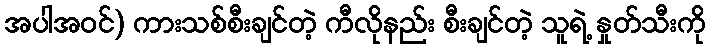
အပါအဝင်) ကားသစ်စီးချင်တဲ့ ကီလိုနည်း စီးချင်တဲ့ သူရဲ့ နှုတ်သီးကို